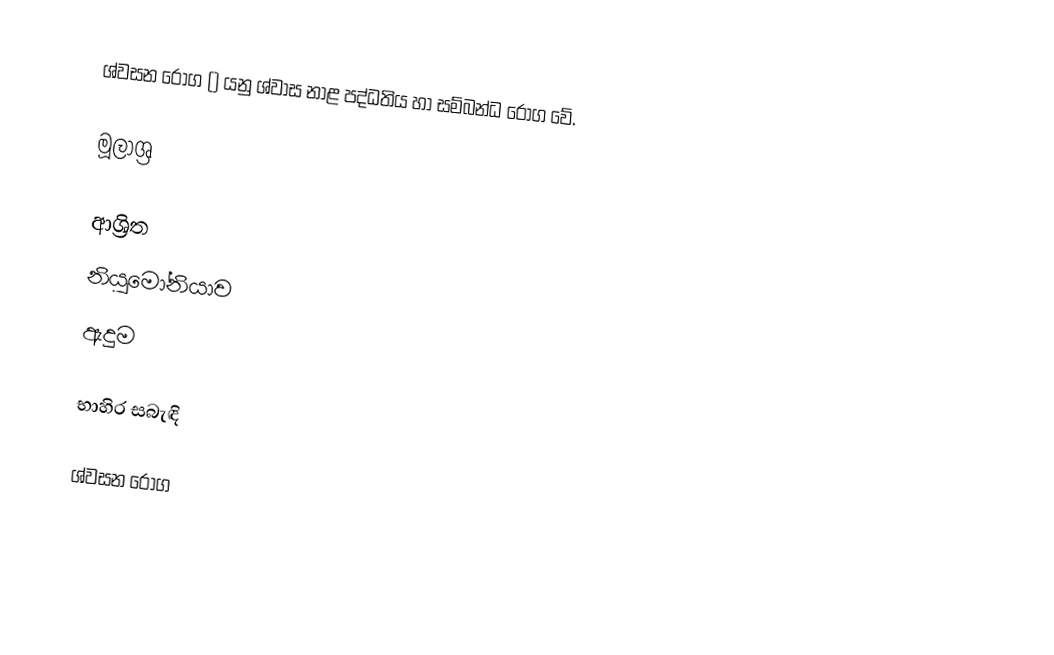
ශ්වසන රෝග () යනු ශ්වාස නාළ පද්ධතිය හා සම්බන්ධ රෝග වේ.

මූලාශ්‍ර

ආශ්‍රිත
 නියුමෝනියාව
 ඇදුම

භාහිර සබැඳි

ශ්වසන රෝග